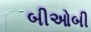
બીઓબી